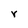
Character: r